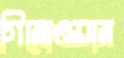
গিনোওয়ান